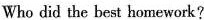
Who did the best homework?